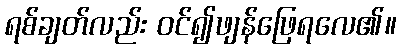
ရစ်ချတ်လည်း ဝင်၍ဖျန်ဖြေရလေ၏။